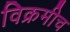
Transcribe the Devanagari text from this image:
विक्रमीच